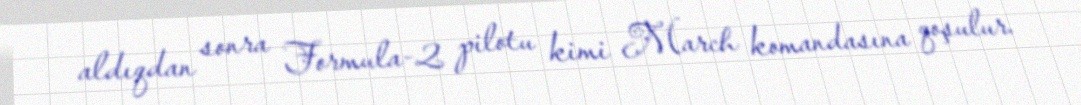
aldıqdan sonra Formula-2 pilotu kimi March komandasına qoşulur.